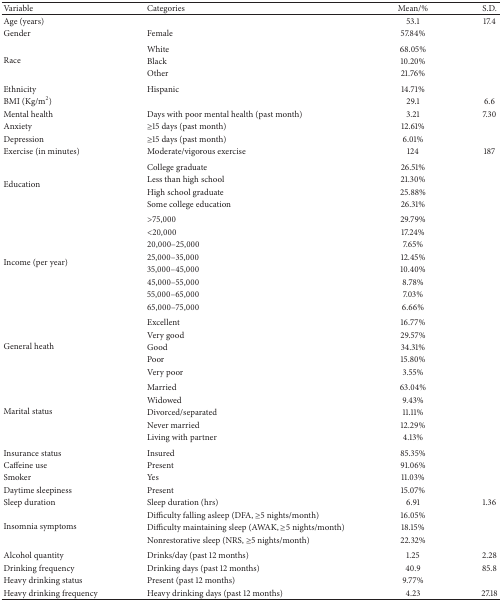
<table><thead><tr><td><b>Variable</b></td><td><b>Categories</b></td><td><b>Mean/%</b></td><td><b>S.D.</b></td></tr></thead><tbody><tr><td>Age (years)</td><td> </td><td>53.1 </td><td>17.4</td></tr><tr><td>Gender</td><td>Female</td><td>57.84%</td><td> </td></tr><tr><td rowspan="3">Race</td><td>White</td><td>68.05%</td><td> </td></tr><tr><td>Black</td><td>10.20%</td><td> </td></tr><tr><td>Other</td><td>21.76%</td><td> </td></tr><tr><td>Ethnicity</td><td>Hispanic</td><td>14.71%</td><td> </td></tr><tr><td>BMI (Kg/m<sup>2</sup>)</td><td> </td><td>29.1 </td><td>6.6</td></tr><tr><td>Mental health </td><td>Days with poor mental health (past month)</td><td>3.21 </td><td>7.30</td></tr><tr><td>Anxiety </td><td>≥15 days (past month)</td><td>12.61%</td><td> </td></tr><tr><td>Depression</td><td>≥15 days (past month)</td><td>6.01%</td><td> </td></tr><tr><td>Exercise (in minutes)</td><td> Moderate/vigorous exercise</td><td>124 </td><td>187</td></tr><tr><td rowspan="4">Education</td><td>College graduate</td><td>26.51%</td><td> </td></tr><tr><td>Less than high school</td><td>21.30%</td><td> </td></tr><tr><td>High school graduate</td><td>25.88%</td><td> </td></tr><tr><td>Some college education</td><td>26.31%</td><td> </td></tr><tr><td rowspan="8">Income (per year)</td><td>&gt;75,000 </td><td>29.79%</td><td> </td></tr><tr><td>&lt;20,000</td><td>17.24%</td><td> </td></tr><tr><td>20,000–25,000</td><td>7.65%</td><td> </td></tr><tr><td>25,000–35,000</td><td>12.45%</td><td> </td></tr><tr><td>35,000–45,000</td><td>10.40%</td><td> </td></tr><tr><td>45,000–55,000</td><td>8.78%</td><td> </td></tr><tr><td>55,000–65,000</td><td>7.03%</td><td> </td></tr><tr><td>65,000–75,000</td><td>6.66%</td><td> </td></tr><tr><td rowspan="5">General heath</td><td>Excellent</td><td>16.77%</td><td> </td></tr><tr><td>Very good</td><td>29.57%</td><td> </td></tr><tr><td>Good</td><td>34.31%</td><td> </td></tr><tr><td>Poor</td><td>15.80%</td><td> </td></tr><tr><td>Very poor</td><td>3.55%</td><td> </td></tr><tr><td rowspan="5">Marital status</td><td>Married</td><td>63.04%</td><td> </td></tr><tr><td>Widowed</td><td>9.43%</td><td> </td></tr><tr><td>Divorced/separated</td><td>11.11%</td><td> </td></tr><tr><td>Never married</td><td>12.29%</td><td> </td></tr><tr><td>Living with partner</td><td>4.13%</td><td> </td></tr><tr><td>Insurance status</td><td>Insured</td><td>85.35%</td><td> </td></tr><tr><td>Caffeine use</td><td>Present</td><td>91.06%</td><td> </td></tr><tr><td>Smoker</td><td>Yes</td><td>11.03%</td><td> </td></tr><tr><td>Daytime sleepiness</td><td>Present</td><td>15.07%</td><td> </td></tr><tr><td>Sleep duration</td><td>Sleep duration (hrs)</td><td>6.91 </td><td>1.36</td></tr><tr><td rowspan="3">Insomnia symptoms</td><td>Difficulty falling asleep (DFA, ≥5 nights/month)</td><td>16.05%</td><td> </td></tr><tr><td>Difficulty maintaining sleep (AWAK, ≥5 nights/month)</td><td>18.15%</td><td> </td></tr><tr><td>Nonrestorative sleep (NRS, ≥5 nights/month)</td><td>22.32%</td><td> </td></tr><tr><td>Alcohol quantity </td><td>Drinks/day (past 12 months)</td><td>1.25 </td><td>2.28</td></tr><tr><td>Drinking frequency </td><td>Drinking days (past 12 months)</td><td>40.9 </td><td>85.8</td></tr><tr><td>Heavy drinking status</td><td>Present (past 12 months)</td><td>9.77%</td><td> </td></tr><tr><td>Heavy drinking frequency </td><td>Heavy drinking days (past 12 months)</td><td>4.23 </td><td>27.18</td></tr></tbody></table>